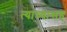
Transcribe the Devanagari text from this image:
त्याच्यासह